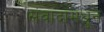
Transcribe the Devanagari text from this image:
संवादांमधून